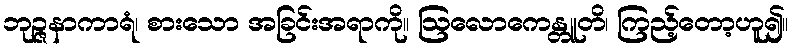
ဘုဉ္ဇနာကာရံ၊ စားသော အခြင်းအရာကို။ ဩလောကေန္တူတိ၊ ကြည့်တော့ဟူ၍။